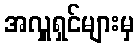
အလှူရှင်များမှ